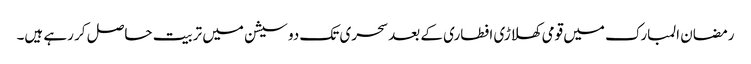
رمضان المبارک میں قومی کھلاڑی افطاری کے بعد سحری تک دو سیشن میں تربیت حاصل کر رہے ہیں۔